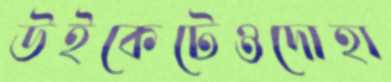
উইকেটেওদোহা